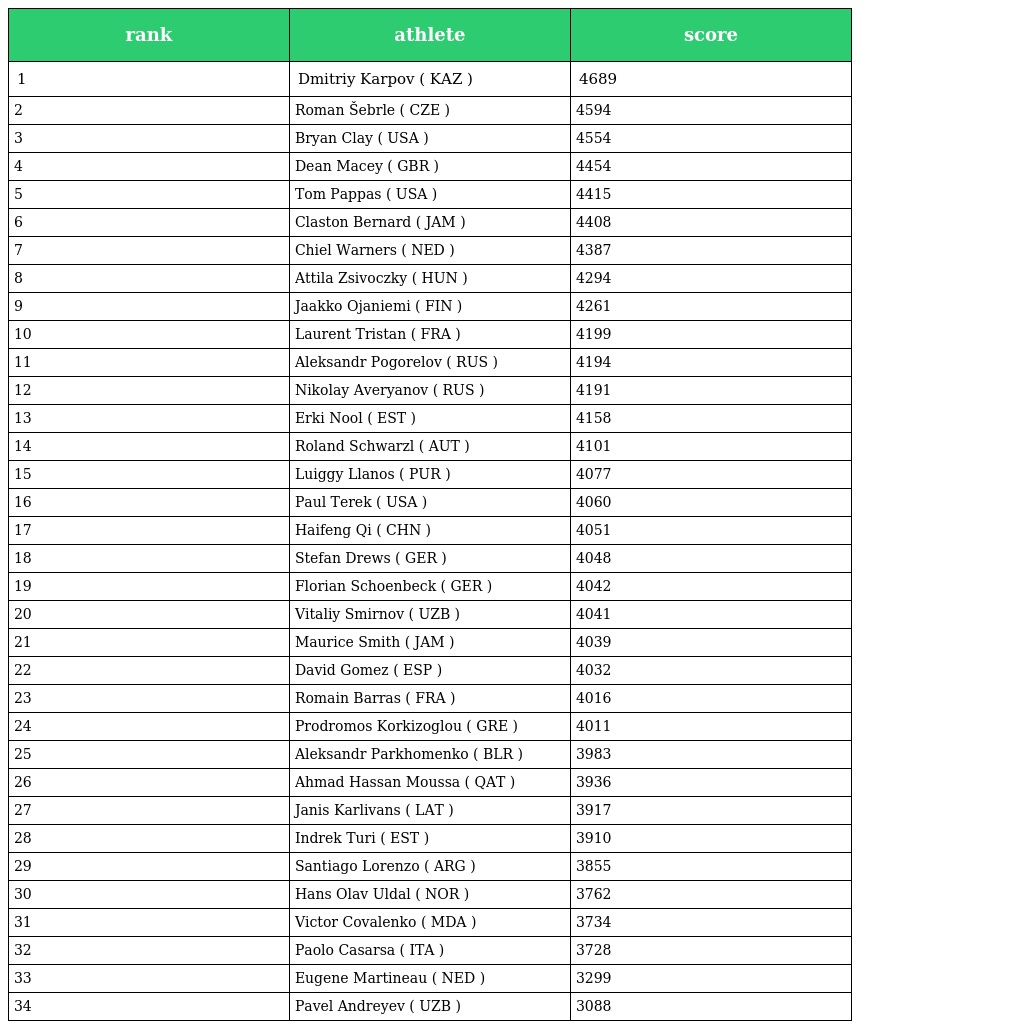
| rank | athlete | score |
 | --- | --- | --- |
 | 1 | Dmitriy Karpov ( KAZ ) | 4689 |
 | 2 | Roman Šebrle ( CZE ) | 4594 |
 | 3 | Bryan Clay ( USA ) | 4554 |
 | 4 | Dean Macey ( GBR ) | 4454 |
 | 5 | Tom Pappas ( USA ) | 4415 |
 | 6 | Claston Bernard ( JAM ) | 4408 |
 | 7 | Chiel Warners ( NED ) | 4387 |
 | 8 | Attila Zsivoczky ( HUN ) | 4294 |
 | 9 | Jaakko Ojaniemi ( FIN ) | 4261 |
 | 10 | Laurent Tristan ( FRA ) | 4199 |
 | 11 | Aleksandr Pogorelov ( RUS ) | 4194 |
 | 12 | Nikolay Averyanov ( RUS ) | 4191 |
 | 13 | Erki Nool ( EST ) | 4158 |
 | 14 | Roland Schwarzl ( AUT ) | 4101 |
 | 15 | Luiggy Llanos ( PUR ) | 4077 |
 | 16 | Paul Terek ( USA ) | 4060 |
 | 17 | Haifeng Qi ( CHN ) | 4051 |
 | 18 | Stefan Drews ( GER ) | 4048 |
 | 19 | Florian Schoenbeck ( GER ) | 4042 |
 | 20 | Vitaliy Smirnov ( UZB ) | 4041 |
 | 21 | Maurice Smith ( JAM ) | 4039 |
 | 22 | David Gomez ( ESP ) | 4032 |
 | 23 | Romain Barras ( FRA ) | 4016 |
 | 24 | Prodromos Korkizoglou ( GRE ) | 4011 |
 | 25 | Aleksandr Parkhomenko ( BLR ) | 3983 |
 | 26 | Ahmad Hassan Moussa ( QAT ) | 3936 |
 | 27 | Janis Karlivans ( LAT ) | 3917 |
 | 28 | Indrek Turi ( EST ) | 3910 |
 | 29 | Santiago Lorenzo ( ARG ) | 3855 |
 | 30 | Hans Olav Uldal ( NOR ) | 3762 |
 | 31 | Victor Covalenko ( MDA ) | 3734 |
 | 32 | Paolo Casarsa ( ITA ) | 3728 |
 | 33 | Eugene Martineau ( NED ) | 3299 |
 | 34 | Pavel Andreyev ( UZB ) | 3088 |